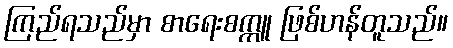
ကြည်ရသည်မှာ စာရေးစက္ကူ ဖြစ်ဟန်တူသည်။